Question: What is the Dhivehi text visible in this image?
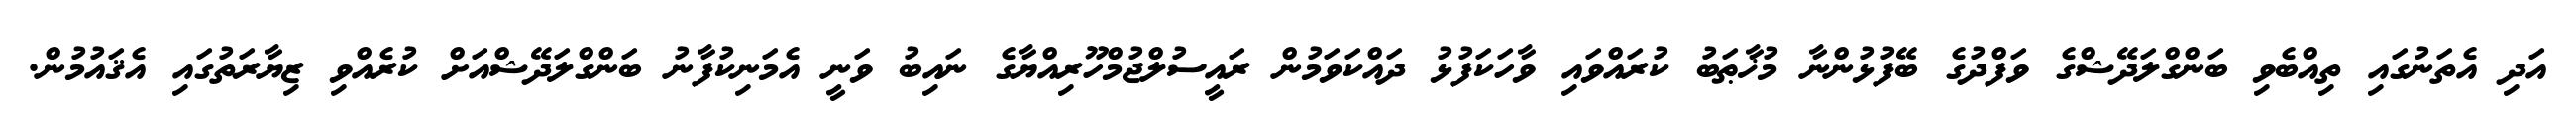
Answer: އަދި އެތަނުގައި ތިއްބެވި ބަންގްލަދޭޝްގެ ވަފްދުގެ ބޭފުޅުންނާ މުޚާޠަބު ކުރައްވައި ވާހަކަފުޅު ދައްކަވަމުން ރައީސުލްޖުމްހޫރިއްޔާގެ ނައިބު ވަނީ އެމަނިކުފާނު ބަންގްލަދޭޝްއަށް ކުރެއްވި ޒިޔާރަތުގައި އެޤައުމުން.